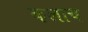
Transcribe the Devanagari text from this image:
कलाच